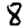
Digit: 8